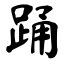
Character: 踊